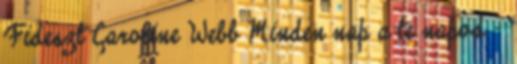
Fideszt Caroline Webb Minden nap a te napod -